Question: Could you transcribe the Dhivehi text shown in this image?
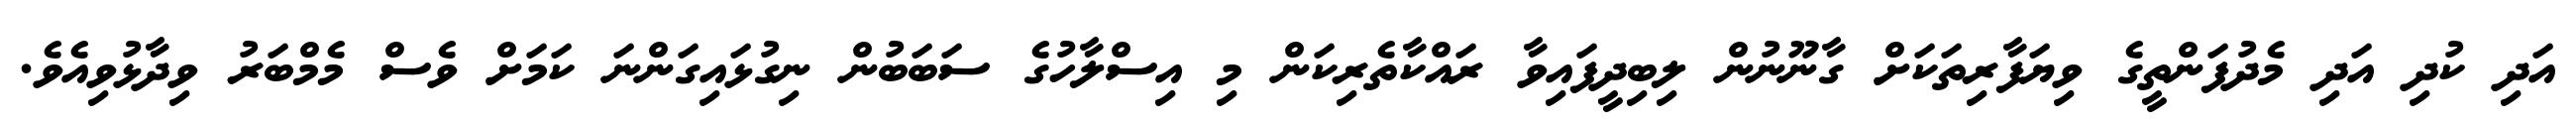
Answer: އަދި ކުދި އަދި މެދުފަންތީގެ ވިޔަފާރިތަކަށް ގާނޫނުން ލިބިދީފައިވާ ރައްކާތެރިކަން މި އިސްލާހުގެ ސަބަބުން ނިގުޅައިގަންނަ ކަމަށް ވެސް މެމްބަރު ވިދާޅުވިއެވެ.